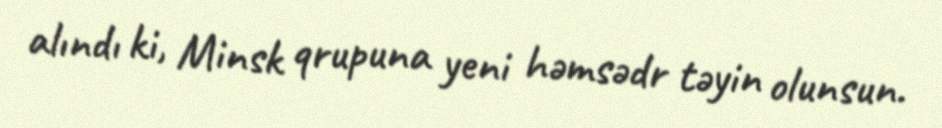
alındı ki, Minsk qrupuna yeni həmsədr təyin olunsun.